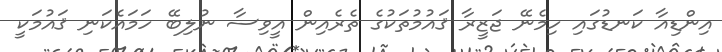
އިންޑިއާ ކަނޑުގައި ހިމެނޭ ޖަޒީރާ ޤައުމުތަކުގެ ތެރެއިން އީވިސާ ނުލިބޭ ހަމައެކަނި ޤައުމަކީ